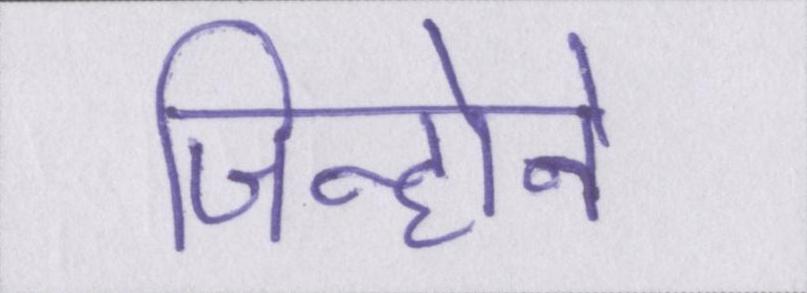
जिन्होने